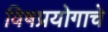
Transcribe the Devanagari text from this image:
विषप्रयोगाचे